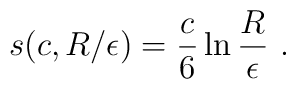
s(c,R/\epsilon)={c \over 6} \ln {R \over \epsilon}~.